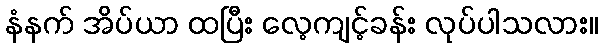
နံနက် အိပ်ယာ ထပြီး လေ့ကျင့်ခန်း လုပ်ပါသလား။